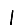
Digit: 1